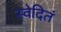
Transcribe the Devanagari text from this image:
स्वेदितं